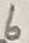
Text: 6